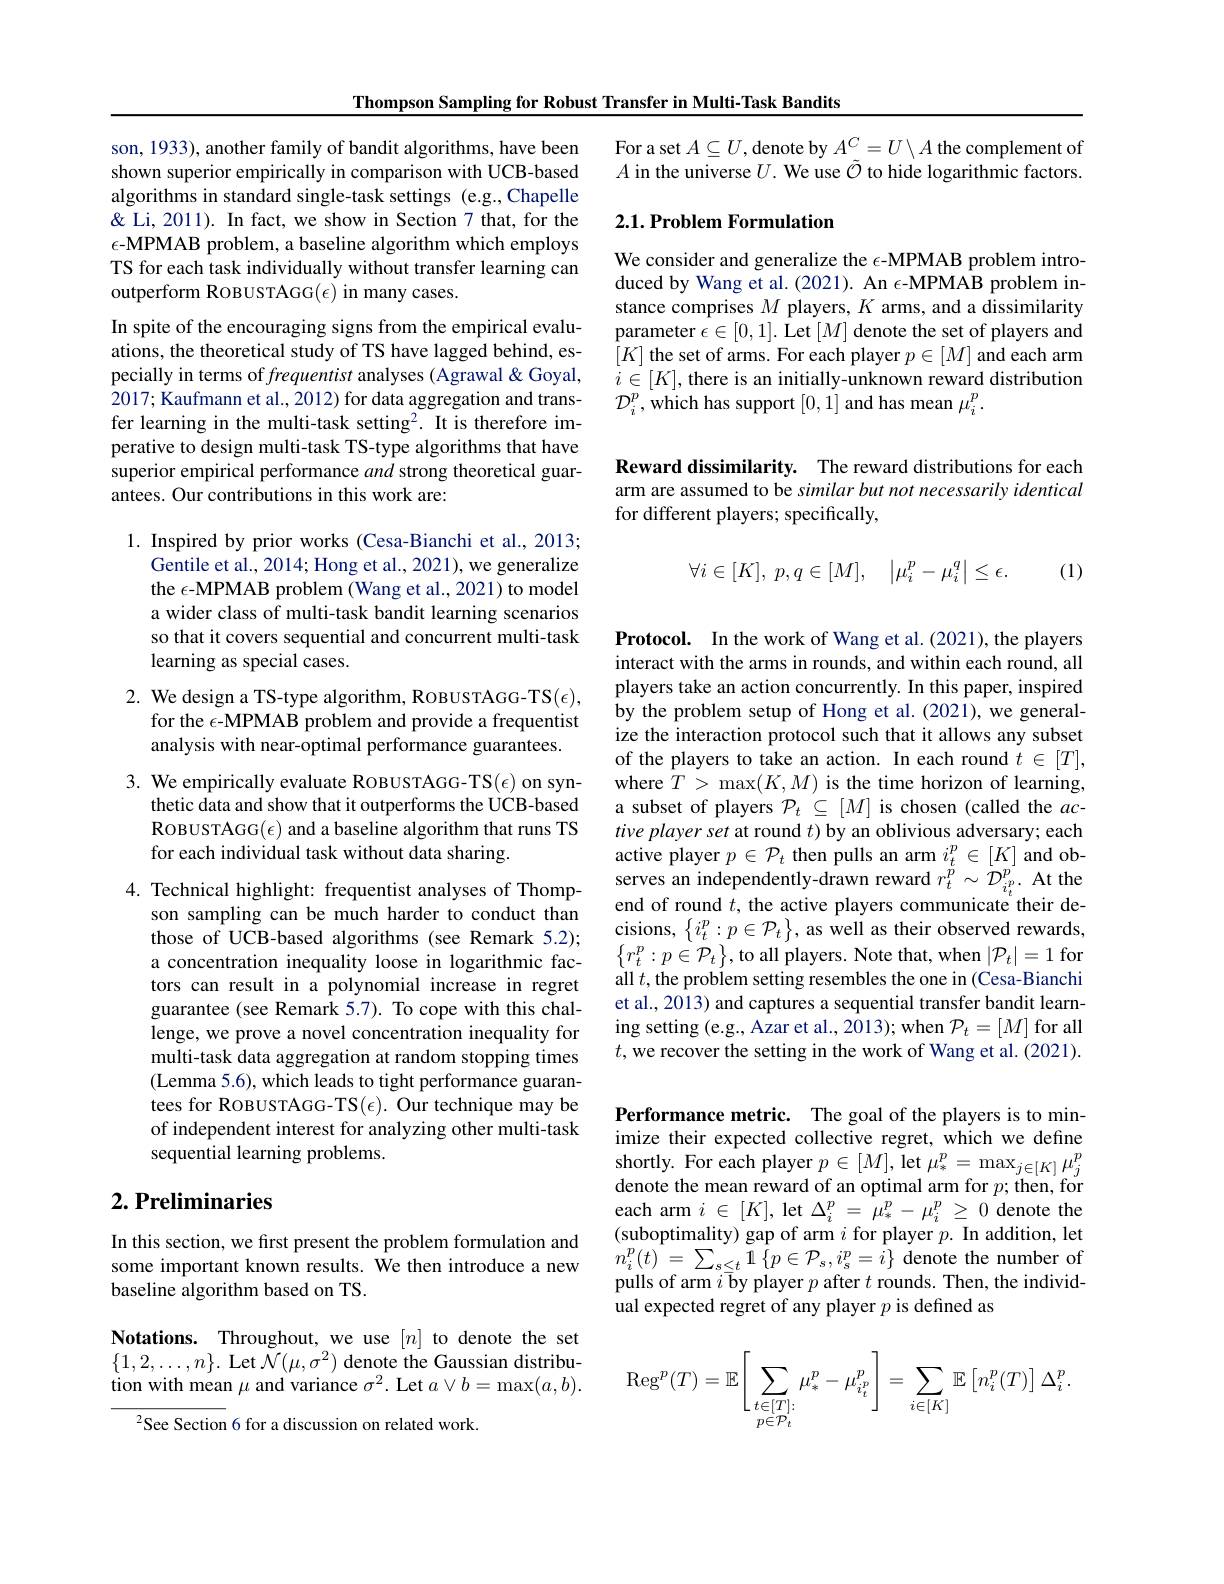
Thompson Sampling for Robust Transfer in Multi-Task Bandits

son, 1933), another family of bandit algorithms, have been shown superior empirically in comparison with UCB-based algorithms in standard single-task settings (e.g.,Chapelle & Li, 2011). In fact, we show in Section 7 that, for the $\epsilon$-MPMAB problem, a baseline algorithm which employs TS for each task individually without transfer learning can outperform ROBUSTAGG$(\epsilon)$ in many cases.
In spite of the encouraging signs from the empirical evaluations, the theoretical study of TS have lagged behind, especially in terms of frequentist analyses (Agrawal & Goyal, 2017; Kaufmann et al., 2012) for data aggregation and transfer learning in the multi-task setting2. It is therefore imperative to design multi-task TS-type algorithms that have superior empirical performance and strong theoretical guarantees. Our contributions in this work are:

1. Inspired by prior works (Cesa-Bianchi et al., 2013;
Gentile et al., 2014; Hong et al., 2021), we generalize the $\epsilon$-MPMAB problem (Wang et al., 2021) to model a wider class of multi-task bandit learning scenarios so that it covers sequential and concurrent multi-task learning as special cases.

## 2. We design a TS-type algorithm, ROBUSTAGG-TS($\epsilon)$, for the $\epsilon$-MPMAB problem and provide a frequentist analysis with near-optimal performance guarantees.

3. We empirically evaluate ROBUSTAGG-TS($\epsilon)$ on syn-
thetic data and show that it outperforms the UCB-based ROBUSTAGG$(\epsilon)$ and a baseline algorithm that runs TS for each individual task without data sharing.

4. Technical highlight: frequentist analyses of Thomp-
son sampling can be much harder to conduct than those of UCB-based algorithms (see Remark 5.2); a concentration inequality loose in logarithmic factors can result in a polynomial increase in regret guarantee (see Remark 5.7). To cope with this challenge, we prove a novel concentration inequality for multi-task data aggregation at random stopping times (Lemma 5.6), which leads to tight performance guarantees for ROBUSTAGG-TS($\epsilon).$ Our technique may be of independent interest for analyzing other multi-task sequential learning problems.

## $2. \textbf{ Preliminaries}$

In this section, we first present the problem formulation and some important known results. We then introduce a new baseline algorithm based on TS.

Notations. Throughout, we use $[n]$ to denote the set $\{1,2,\ldots,n\}.$ Let $\mathcal{N}(\mu,\sigma^{2})$ denote the Gaussian distribution with mean $\mu$ and variance $\sigma^2.$ Let $a\vee b=\max(a,b).$

$^{2}$See Section 6 for a discussion on related work

For a set $A\subseteq U$,denote by $A^C=U\setminus A$ the complement of $A$ in the universe $U.$ We use $\tilde{\mathcal{O}}$ to hide logarithmic factors

### $2. 1. \textbf{Problem Formulation}$

We consider and generalize the $\epsilon$-MPMAB problem introduced by Wang et al. (2021). An $\epsilon$-MPMAB problem instance comprises $M$ players, $K$ arms, and a dissimilarity parameter $\epsilon\in[0,1].$ Let $[M]$ denote the set of players and $[K]$ the set of arms. For each player $p\in[M]$ and each arm $i\in[K]$,there is an initially-unknown reward distribution $\mathcal{D}_{i}^{p}$,which has support [0,1] and has mean $\mu_i^p.$

Reward dissimilarity. The reward distributions for each arm are assumed to be similar but not necessarily identical for different players; specifically,
$$\forall i\in[K],\:p,q\in[M],\quad\left|\mu_i^p-\mu_i^q\right|\leq\epsilon.$$
(1)

Protocol. In the work of Wang et al.(2021), the players interact with the arms in rounds, and within each round, all players take an action concurrently. In this paper, inspired by the problem setup of Hong et al.(2021), we generalize the interaction protocol such that it allows any subset of the players to take an action. In each round $t\in[T]$, where $\hat{T}>\max(K,M)$ is the time horizon of learning, a subset of players $\mathcal{P}_t\subseteq[M]$ is chosen (called the $ac$- tive player set at round $t)$ by an oblivious adversary; each active player $p\in\mathcal{P}_t$ then pulls an arm $i_t^p\in[K]$ and observes an independently-drawn reward $r_t^{\breve{p}}\sim{\tilde{D}}_{i_t^{p}}^{p}.$ At the end of round $t$, the active players communicate their decisions, $\left\{i_t^p:p\in\mathcal{P}_t\right\}$, as well as their observed rewards, $\left\{r_{t}^{p}:p\in\mathcal{P}_{t}\right\}$,to all players. Note that, when $\left|\mathcal{P}_{t}\right|=1$ for all $t$,the problem setting resembles the one in (Cesa-Bianchi et al., 2013) and captures a sequential transfer bandit learning setting (e.g., Azar et al., 2013); when $\mathcal{P}_t=[M]$ for all $t$,we recover the setting in the work of Wang et al. (2021).

Performance metric. The goal of the players is to minimize their expected collective regret, which we define shortly. For each player $p\in[M]$, let $\mu_*^p=\max_{j\in[K]}\mu_j^p$ denote the mean reward of an optimal arm for $p;$ then, for each arm $i\in[K]$, let $\Delta_i^p=\mu_*^p-\mu_i^p\geq0$ denote the (suboptimality) gap of arm $i$ for player $p.$ In addition, let $\begin{array}{l}{n_{i}^{p}(t)\:=\:\sum_{s\leq t}\:1\:\{p\in\mathcal{P}_{s},i_{s}^{p}=i\}\:\mathrm{denote~the~number~of}}\\{\mathrm{pulls~of~arm~}i\:\overline{\mathrm{by~player~}}p\:\mathrm{after~}t\:\mathrm{rounds.~Then,~the~individ-}}\end{array}$ ual expected regret of any player $p$ is defined as
$$\mathrm{Reg}^p(T)=\mathbb{E}\Bigg[\sum\limits_{\substack{t\in[T]:\\p\in\mathcal{P}_t}}\mu_*^p-\mu_{i_t^p}^p\Bigg]=\sum\limits_{i\in[K]}\mathbb{E}\left[n_i^p(T)\right]\Delta_i^p.$$